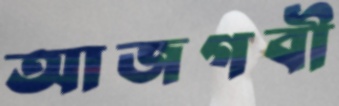
আজগবী